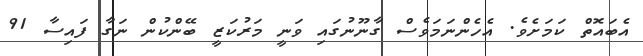
އެބައޮތް ކަމަށެވެ. އެހެންނަމަވެސް ގާނޫނުގައި ވަނީ މަރުކަޒީ ބޭންކުން ނަގާ ފައިސާ 91